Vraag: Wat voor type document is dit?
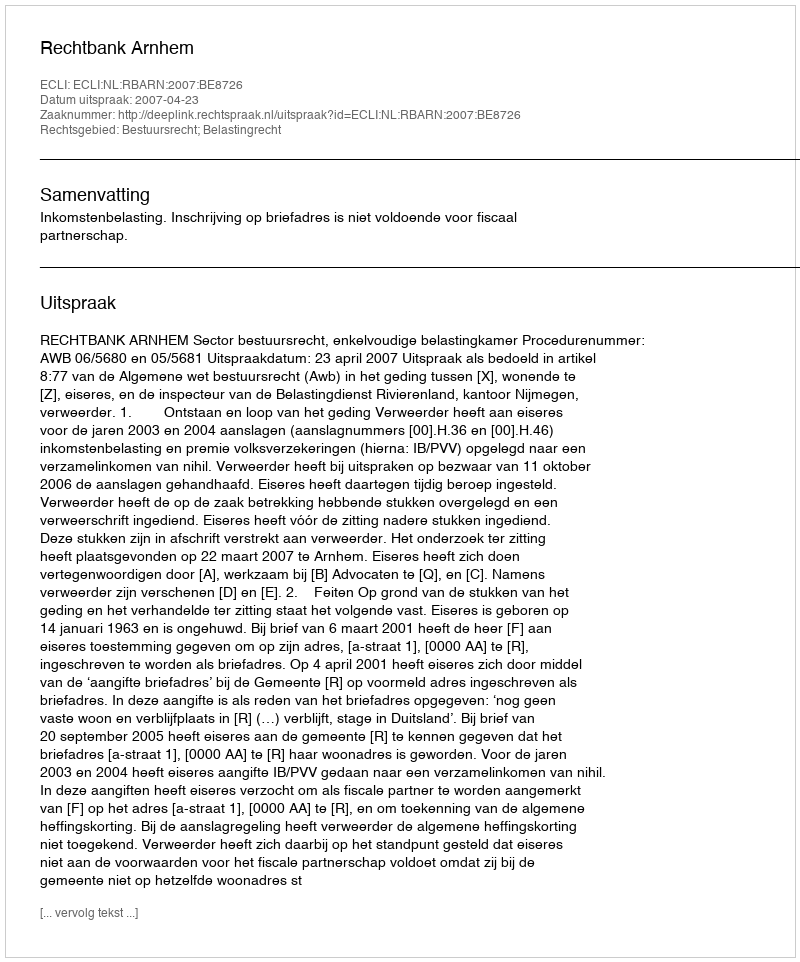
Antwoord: Uitspraak